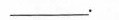
___.